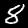
Label: 8